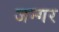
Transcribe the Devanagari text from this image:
जन्गर